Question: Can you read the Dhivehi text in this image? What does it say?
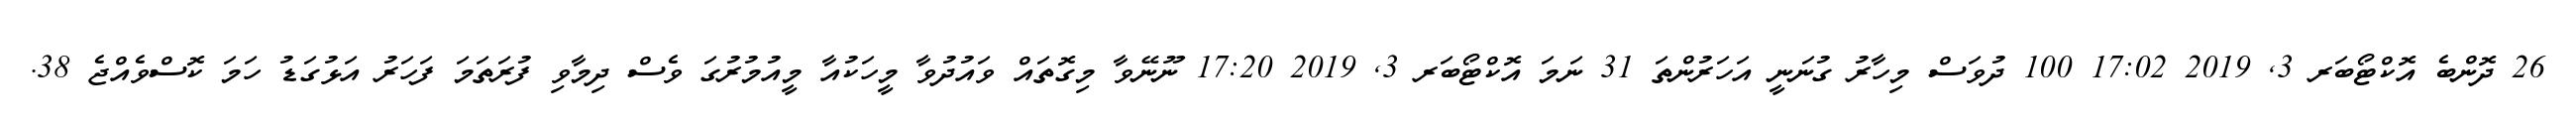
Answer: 26 ދޮންބެ އޮކްޓޯބަރ 3, 2019 17:02 100 ދުވަސް މިހާރު ގުނަނީ އަހަރުންތަ 31 ނަމަ އޮކްޓޯބަރ 3, 2019 17:20 ނޫނޭވާ މިގޮތައް ވައުދުވާ މީހަކުއާ މީއުމުރުގަ ވެސް ދިމާވި ފުރަތަމަ ފަހަރު އަޅުގަޑު ހަމަ ކޮސްވެއްޖެ 38.